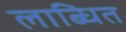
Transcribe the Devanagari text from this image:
लाब्धित